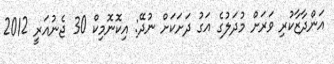
އަންދާޒާކުރި ވަރަށް މުދަލުގެ އަގު ދަށަކަށް ނުދޭ: އިކޮނޮމިކް 30 ޖެނުއަރީ 2012